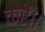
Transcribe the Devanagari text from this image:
करें।।